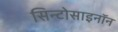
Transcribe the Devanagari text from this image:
सिन्टोसाइनॉन